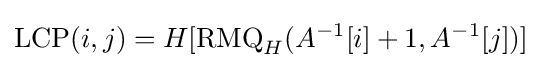
\operatorname {LCP} (i,j)=H[\operatorname {RMQ} _{H}(A^{-1}[i]+1,A^{-1}[j])]